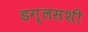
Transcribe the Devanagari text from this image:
डग्लसशी